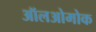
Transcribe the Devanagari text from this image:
ऑलओमोक